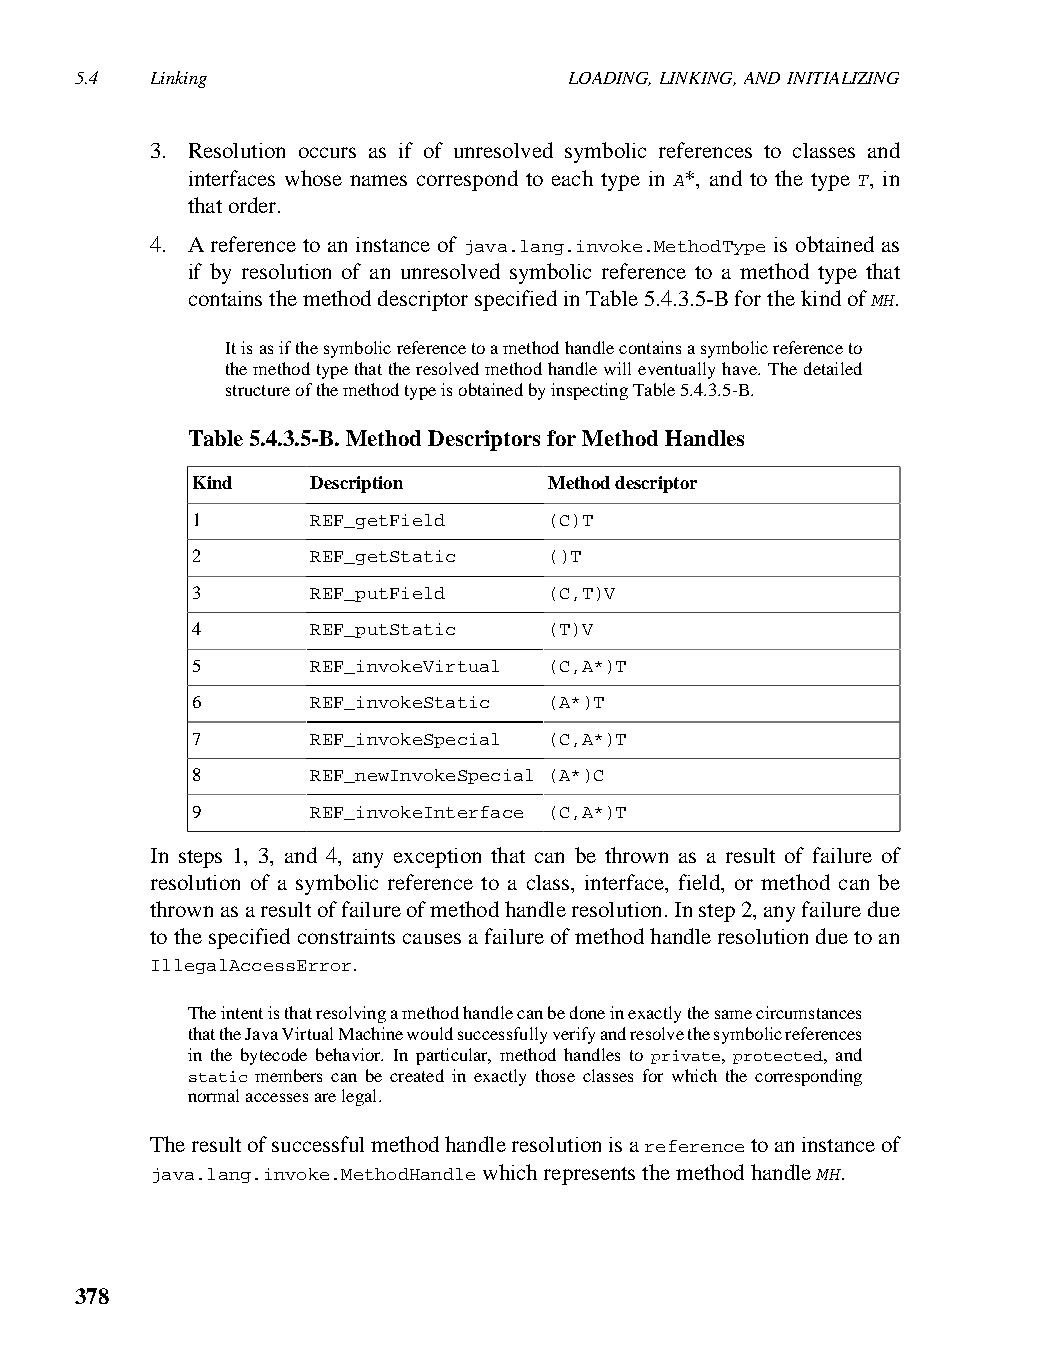
5.4  Linking                     LOADING, LINKING, AND INITIALIZING
 3. Resolution occurs as if of unresolved symbolic references to classes and
 interfaces whose names correspond to each type in A*, and to the type T, in
 that order.
 4. A reference to an instance of java.lang.invoke.MethodType is obtained as
 if by resolution of an unresolved symbolic reference to a method type that
 contains the method descriptor specified in Table 5.4.3.5-B for the kind of MH.
 It is as if the symbolic reference to a method handle contains a symbolic reference to
 the method type that the resolved method handle will eventually have. The detailed
 structure of the method type is obtained by inspecting Table 5.4.3.5-B.
 Table 5.4.3.5-B. Method Descriptors for Method Handles
 Kind    Description    Method descriptor
 1       REF_getField   (C)T
 2       REF_getStatic  ()T
 3       REF_putField   (C,T)V
 4       REF_putStatic  (T)V
 5       REF_invokeVirtual (C,A*)T
 6       REF_invokeStatic (A*)T
 7       REF_invokeSpecial (C,A*)T
 8       REF_newInvokeSpecial (A*)C
 9       REF_invokeInterface (C,A*)T
 In steps 1, 3, and 4, any exception that can be thrown as a result of failure of
 resolution of a symbolic reference to a class, interface, field, or method can be
 thrown as a result of failure of method handle resolution. In step 2, any failure due
 to the specified constraints causes a failure of method handle resolution due to an
 IllegalAccessError.
 The intent is that resolving a method handle can be done in exactly the same circumstances
 that the Java Virtual Machine would successfully verify and resolve the symbolic references
 in the bytecode behavior. In particular, method handles to private, protected, and
 static members can be created in exactly those classes for which the corresponding
 normal accesses are legal.
 The result of successful method handle resolution is a reference to an instance of
 java.lang.invoke.MethodHandle which represents the method handle MH.
 378